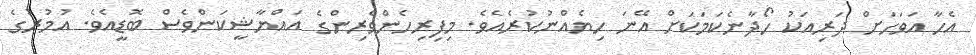
އެހާ އަވަހަށް ދަރިއަކު ހޯދާނެކަމަކަށް އޭނަ ހިޔެއްނުކުރެއެވެ. މިފިރިހެންވެރިންގެ އައްޔާޝީކަންވެސް ބޮޑީއެވެ. އުމުރުގެ